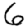
Digit: 6